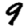
Digit: 9